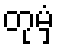
တုမှံ